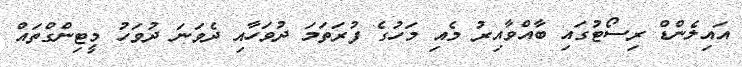
އައިލެންޑް ރިސޯޓުގައި ބާއްވާއިރު މެއި މަހުގެ ފުރަތަމަ ދުވަހާއި ދެވަނަ ދުވަހު މީޓިންގްތައް